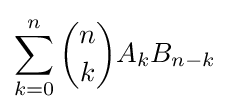
\sum _{k=0}^{n}{n \choose k}A_{k}B_{n-k}